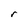
Character: r